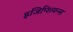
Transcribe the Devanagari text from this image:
इजिप्शियन्स